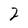
Character: 2